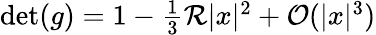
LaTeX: \begin{array}{r}{\operatorname*{det}(g)=1-\frac{1}{3}\mathcal{R}|x|^{2}+\mathcal{O}(|x|^{3})}\end{array}